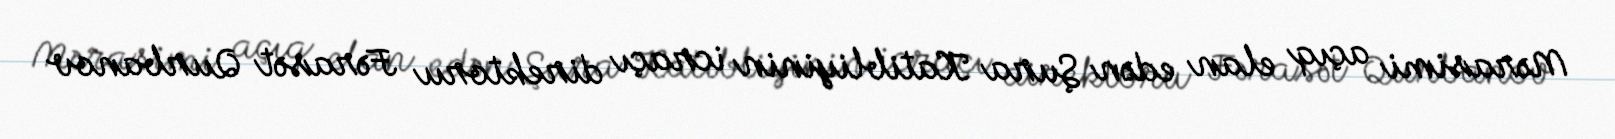
Mərasimi açıq elan edən Şura Katibliyinin icraçı direktoru Fərasət Qurbanov